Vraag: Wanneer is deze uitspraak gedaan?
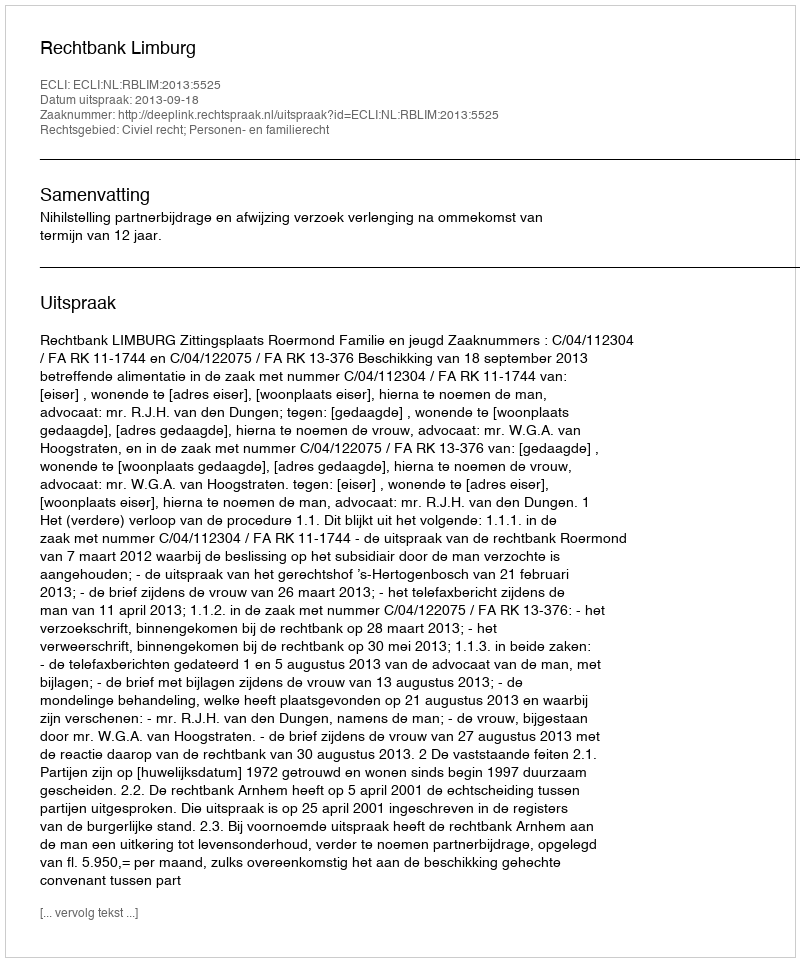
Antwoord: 2013-09-18